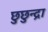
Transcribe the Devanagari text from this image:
छुछुन्द्रा